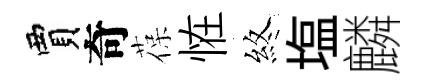
賈奇葆恠煞塩麟